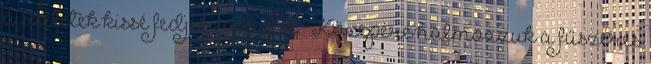
a szeletek kissé fedjék egymást. Közepére halmozzuk a fűszeres